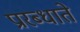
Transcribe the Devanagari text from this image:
प्रारब्धाते